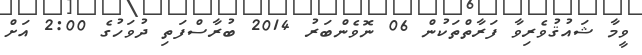
ވީމާ ޝައުޤުވެރިވާ ފަރާތްތަކުން 06 ނޮވެންބަރު 2014 ބުރާސްފަތި ދުވަހުގެ 2:00 އަށް